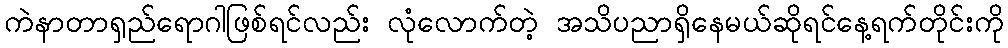
ကဲနာတာရှည်ရောဂါဖြစ်ရင်လည်း လုံလောက်တဲ့ အသိပညာရှိနေမယ်ဆိုရင်နေ့ရက်တိုင်းကို